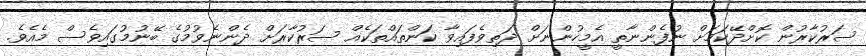
ސަރުކާރުން ކޮށްދޭކަމަށް ނުފެންނާތީ އެމީހުންނަށް ދަތިވެފައިވާ ކަންތައްތަކެއް ސަރުކާރަށް ދެންނެވުމުގެ ބޭނުމުގައިވެސް މެއެވެ.